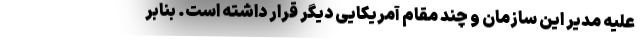
علیه مدیر این سازمان و چند مقام آمریکایی دیگر قرار داشته است. بنابر